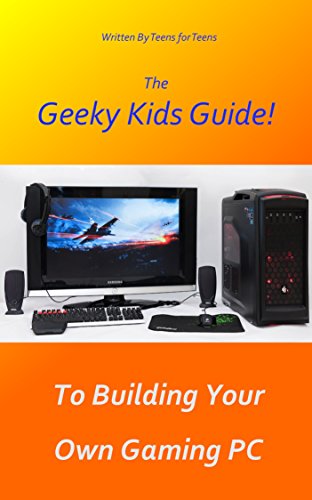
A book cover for The Geeky Kids Guide! To Building Your Own Gaming PC; Kieran Leyland; Children's Books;